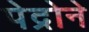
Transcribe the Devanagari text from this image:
पेद्रोने